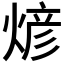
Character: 𬊰